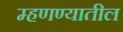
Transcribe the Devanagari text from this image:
म्हणण्यातील